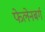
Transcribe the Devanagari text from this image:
फेलेनबर्ग